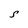
Character: S